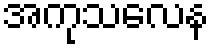
အကုသလေန